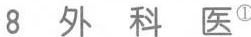
8 外 科 医